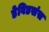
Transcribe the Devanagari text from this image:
डेविडसंस